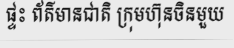
ផ្ទះ ព័ត៌មានជាតិ ក្រុមហ៊ុនចិនមួយ